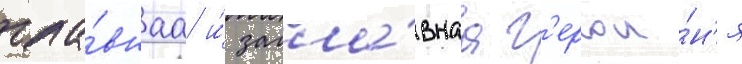
гла́внаа и́ загла́внаа г'ерои́н'я